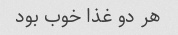
هر دو غذا خوب بود